Etiology and epidemiology of plague
Disease focus: Plague
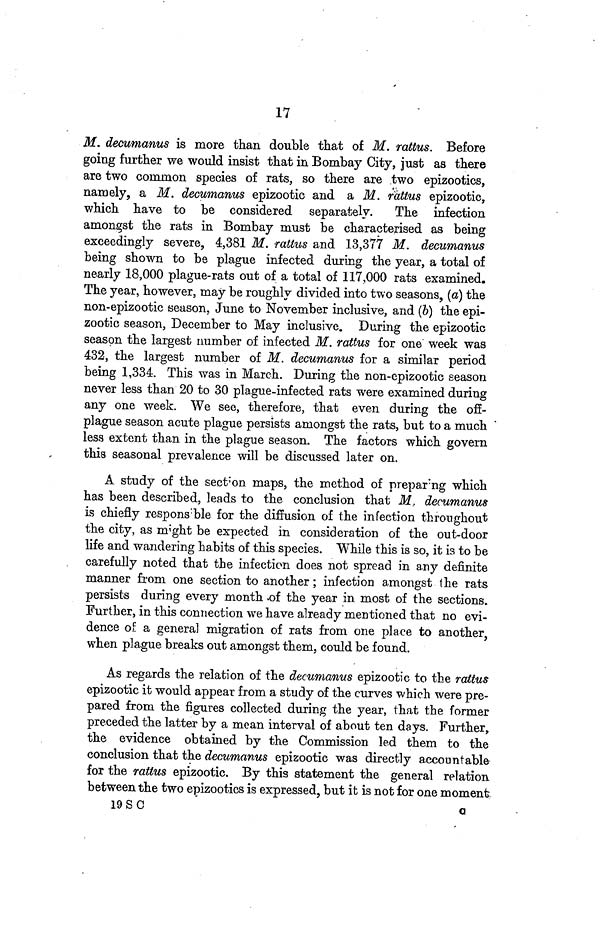
17
M. decumanus is more than double that of M. rattus. Before
going further we would insist that in Bombay City, just as there
are two common species of rats, so there are two epizootics,
namely, a M. decumanus epizootic and a M. rattus epizootic,
which have to be considered separately.
The infection
amongst the rats in Bombay must be characterised as being
exceedingly severe, 4,381 M. rattus and 13,377 M. decumanus
being shown to be plague infected during the year, a total of
nearly 18,000 plague-rats out of a total of 117,000 rats examined.
The year, however, may be roughly divided into two seasons, (a) the
non-epizootic season, June to November inclusive, and (6) the epi-
zootic season, December to May inclusive. During the epizootic
season the largest number of infected M. rattus for one week was
432, the largest number of M. decumanus for a similar period
being 1,334. This was in March. During the non-epizootic season
never less than 20 to 30 plague-infected rats were examined during
any one week. We see, therefore, that even during the off-
plague season acute plague persists amongst the rats, but to a much
less extent than in the plague season. The factors which govern
this seasonal prevalence will be discussed later on.
A study of the section maps, the method of preparing which
has been described, leads to the conclusion that M. decumanus
is chiefly responsible for the diffusion of the infection throughout
the city, as might be expected in consideration of the out-door
life and wandering habits of this species. While this is so, it is to be
carefully noted that the infection does not spread in any definite
manner from one section to another; infection amongst the rats
persists during every month of the year in most of the sections.
Further, in this connection we have already mentioned that no evi-
dence of a general migration of rats from one place to another,
when plague breaks out amongst them, could be found.
As regards the relation of the decumanus epizootic to the rattus
epizootic it would appear from a study of the curves which were pre-
pared from the figures collected during the year, that the former
preceded the latter by a mean interval of about ten days. Further,
the evidence obtained by the Commission led them to the
conclusion that the decumanus epizootic was directly accountable
for the rattus epizootic. By this statement the general relation
between the two epizootics is expressed, but it is not for one moment
19 S
C
o